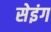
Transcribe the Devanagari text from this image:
सेइंग